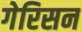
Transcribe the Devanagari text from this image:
गेरिसन